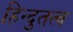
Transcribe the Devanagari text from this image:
हिन्दुतत्व